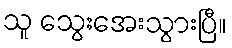
သူ သွေးအေးသွားပြီ။